Report of the Indian Hemp Drugs Commission, 1894-1895 - Volume I
Year: 1894
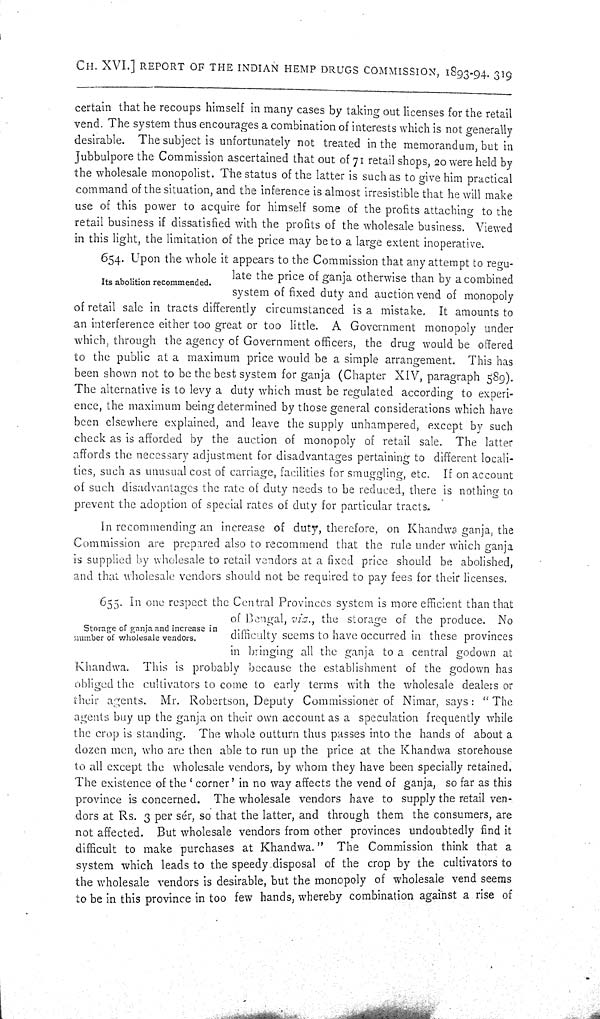
CH. XVI.] REPORT OF THE INDIAN HEMP DRUGS COMMISSION, 1893-94. 319
certain that he recoups himself in many cases by taking out licenses for the retail
vend. The system thus encourages a combination of interests which is not generally
desirable. The subject is unfortunately not treated in the memorandum, but in
Jubbulpore the Commission ascertained that out of 71 retail shops, 20 were held by
the wholesale monopolist. The status of the latter is such as to give him practical
command of the situation, and the inference is almost irresistible that he will make
use of this power to acquire for himself some of the profits attaching to the
retail business if dissatisfied with the profits of the wholesale business. Viewed
in this light, the limitation of the price may be to a large extent inoperative.
Its abolition recommended.
654. Upon the whole it appears to the Commission that any attempt to regu-
late the price of ganja otherwise than by a combined
system of fixed duty and auction vend of monopoly
of retail sale in tracts differently circumstanced is a mistake. It amounts to
an interference either too great or too little. A Government monopoly under
which, through the agency of Government officers, the drug would be offered
to the public at a maximum price would be a simple arrangement. This has
been shown not to be the best system for ganja (Chapter XIV, paragraph 589).
The alternative is to levy a duty which must be regulated according to experi-
ence, the maximum being determined by those general considerations which have
been elsewhere explained, and leave the supply unhampered, except by such
check as is afforded by the auction of monopoly of retail sale. The latter
affords the necessary adjustment for disadvantages pertaining to different locali-
ties, such as unusual cost of carriage, facilities for smuggling, etc. If on account
of such disadvantages the rate of duty needs to be reduced, there is nothing to
prevent the adoption of special rates of duty for particular tracts.
In recommending an increase of duty, therefore, on Khandwa ganja, the
Commission are prepared also to recommend that the rule under which ganja
is supplied by wholesale to retail vendors at a fixed price should be abolished,
and that wholesale vendors should not be required to pay fees for their licenses.
Storage of ganja and increase in
number of wholesale vendors.
655. In one respect the Central Provinces system is more efficient than that
of Bengal, viz., the storage of the produce. No
difficulty seems to have occurred in these provinces
in bringing all the ganja to a central godown at
Khandwa. This is probably because the establishment of the godown has
obliged the cultivators to come to early terms with the wholesale dealers or
their agents. Mr. Robertson, Deputy Commissioner of Nimar, says: "The
agents buy up the ganja on their own account as a speculation frequently while
the crop is standing. The whole outturn thus passes into the hands of about a
dozen men, who are then able to run up the price at the Khandwa storehouse
to all except the wholesale vendors, by whom they have been specially retained.
The existence of the 'corner' in no way affects the vend of ganja, so far as this
province is concerned. The wholesale vendors have to supply the retail ven-
dors at Rs. 3 per sér, so that the latter, and through them the consumers, are
not affected. But wholesale vendors from other provinces undoubtedly find it
difficult to make purchases at Khandwa." The Commission think that a
system which leads to the speedy disposal of the crop by the cultivators to
the wholesale vendors is desirable, but the monopoly of wholesale vend seems
to be in this province in too few hands, whereby combination against a rise of